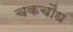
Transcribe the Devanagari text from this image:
चकचौंध